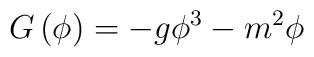
G\left(\phi\right)=-g\phi^3-m^2\phi